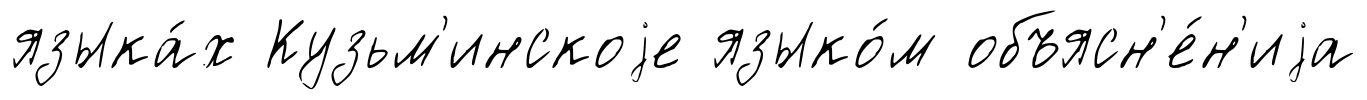
языка́х Кузьм'инскоjе языко́м объясн'е́н'иjа